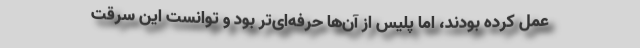
عمل کرده بودند، اما پلیس از آن‌ها حرفه‌ای‌تر بود و توانست این سرقت